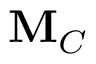
\mathbf { M } _ { C }